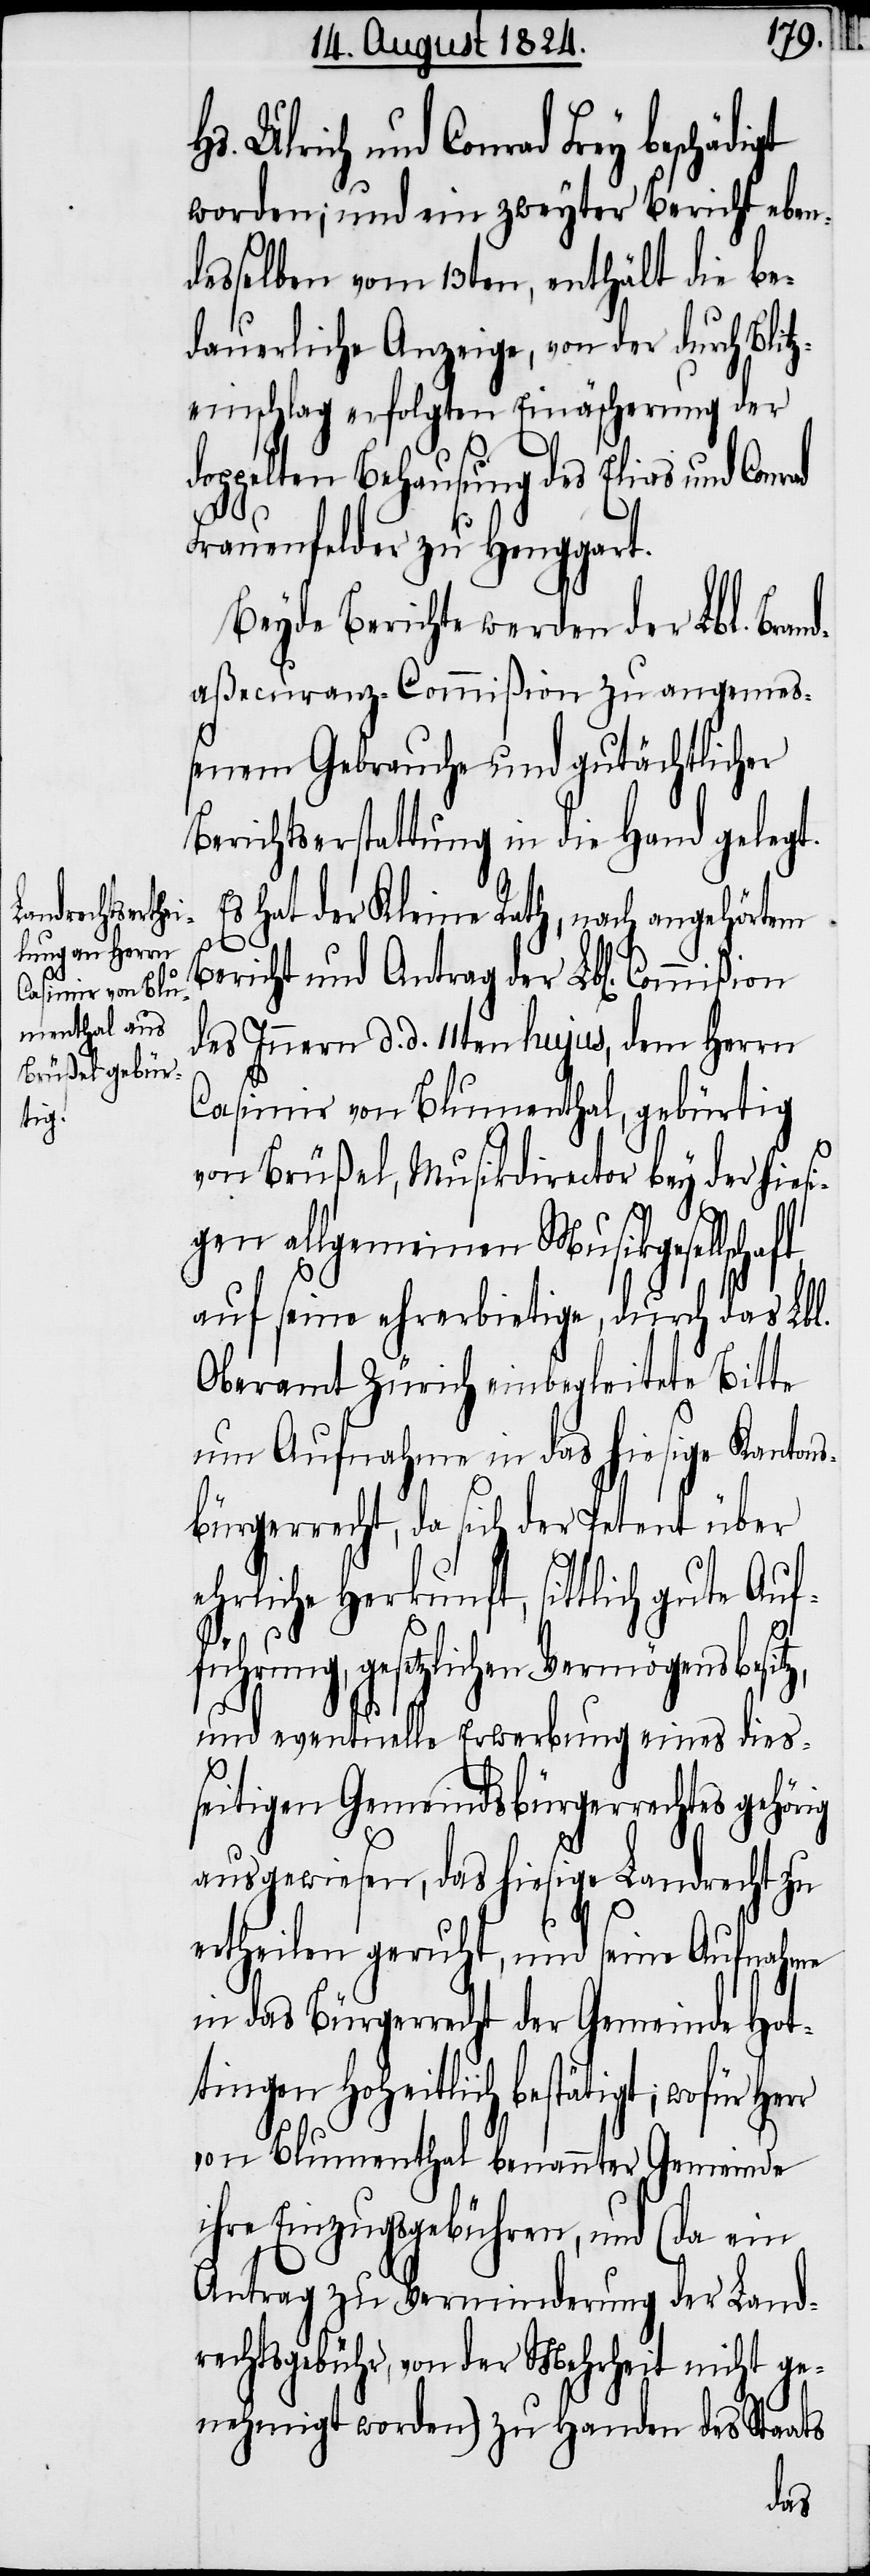
digt

Ulrich und Conrad Frey beschä¬
worden; und ein zweyter Bericht eben¬
desselben vom 13ten, enthält die be¬
dauerliche Anzeige, von der durch Blit¬
zeinschlag erfolgten Einäscherung der
doppelten Behausung des Elias und
Frauenfelder zu Henggart.
Beyde Berichte werden der Lbl. Bran¬
daßecuranz-Commißion zu angemeß¬
enem Gebrauche und gutächtlicher
Berichtserstattung in die Hand gelegt.
s hat der Kleine Rath, nach angehörten
Bericht und Antrag der Lbl. Commißion
des Innern d. d. 11ten hujus, dem Herrn
Casimir von Blumenthal, gebürtig
von Brüßel, Musikdirektor bey der hiesi¬
gen allgemeinen Musikgesellsch¬
auf seine ehrerbietige, durch das Lbl.
Oberamt Zürich einbegleitete Bitte
um Aufnahme in das hiesige Kantons¬
bürgerrecht, da sich der Petent über
ehrliche Herkunft, sittlich gute Auf¬
aft
führung, gesetzlichen Vermögensbesit¬
und eventuelle Erwerbung eines dies¬
seitigen Gemeindsbürgerrechtes gehör¬
ausgewiesen, das hiesige Landrecht zu
ertheilen geruht, und seine Aufnahme
in das Bürgerrecht der Gemeinde Hot¬
tingen Hoheitlich bestätigt; wofür Herr
von Blumenthal benannter Gemeinde
ihre Einzugsgebühren, und (da ein
Antrag zu Verminderung der Land¬
rechtsgebühr, von der Mehrheit nicht ge¬
nehmigt worden) zu Handen des Staats
ig